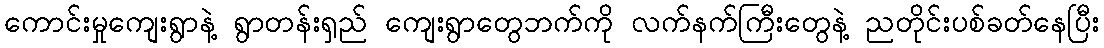
ကောင်းမှုကျေးရွာနဲ့ ရွာတန်းရှည် ကျေးရွာတွေဘက်ကို လက်နက်ကြီးတွေနဲ့ ညတိုင်းပစ်ခတ်နေပြီး